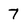
Character: 7